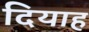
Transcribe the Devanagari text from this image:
दियाह